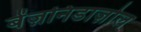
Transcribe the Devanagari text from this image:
बेंज़निडाज़ोल